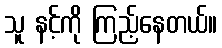
သူ နင့်ကို ကြည့်နေတယ်။